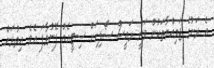
އެ ރަށުގެ ޖަމިއްޔާތަކުން ވަނީ ރައީސް ސޯލިހަށް ސިޓީއެއް ފޮނުވާފަ އެވެ. އިތުރަށް